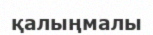
қалыңмалы